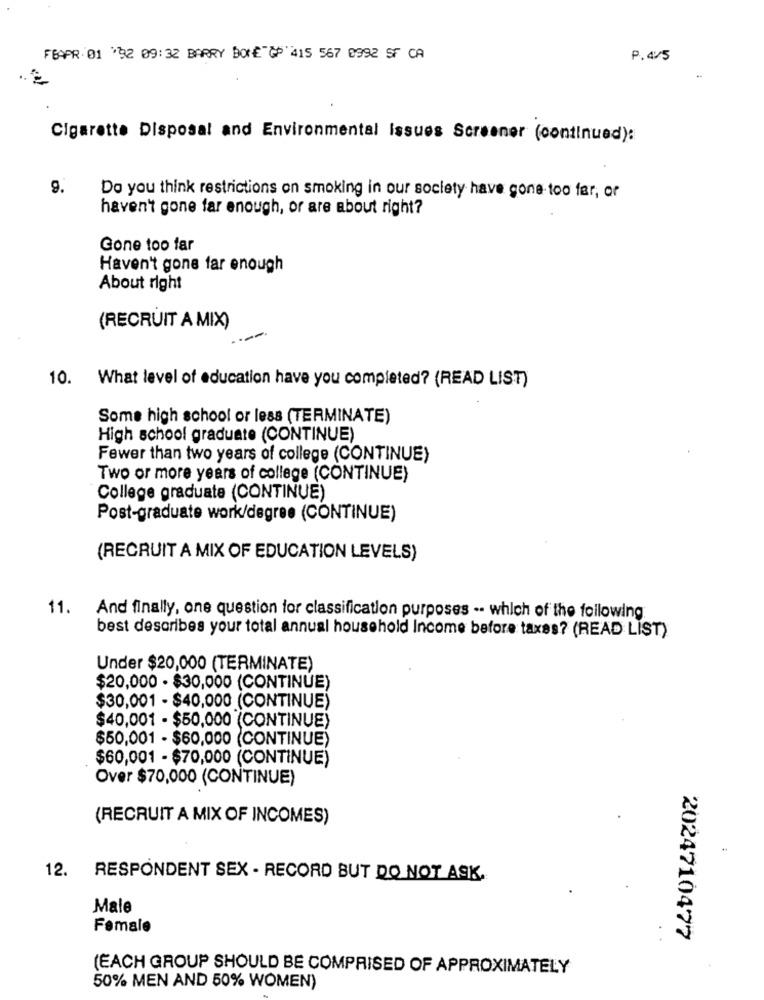
FEAPR 01 *92 09:32 BARRY DONE &# 415 567 0992 SF CA
P.4/5
Cigarette Disposal and Environmental Issues Screener (continued):
9.
Do you think restrictions on smoking in our society have gone too far, or
haven't gone far enough, or are about right?
Gone too far
Haven't gone far enough
About right
(RECRUIT A MIX)
10. What level of education have you completed? (READ LIST)
Some high school or less (TERMINATE)
High school graduate (CONTINUE)
Fewer than two years of college (CONTINUE)
Two or more years of college (CONTINUE)
College graduate (CONTINUE)
Post-graduate work/degree (CONTINUE)
(RECRUIT A MIX OF EDUCATION LEVELS)
11.
And finally, one question for classification purposes -- which of the following
best describes your total annual household Income before taxes? (READ LIST)
Under $20,000 (TERMINATE)
$20,000 - $30,000 (CONTINUE)
$30,001 - $40,000 (CONTINUE)
$40,001 - $50,000 (CONTINUE)
$50,001 - $60,000 (CONTINUE)
$60,001 - $70,000 (CONTINUE)
Over $70,000 (CONTINUE)
(RECRUIT A MIX OF INCOMES)
12.
RESPONDENT SEX - RECORD BUT DO NOT ASK.
Male
Female
2024710477
(EACH GROUP SHOULD BE COMPRISED OF APPROXIMATELY
50% MEN AND 50% WOMEN)